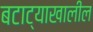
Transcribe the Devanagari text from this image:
बटाट्याखालील